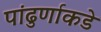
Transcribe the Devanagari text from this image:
पांढुर्णाकडे